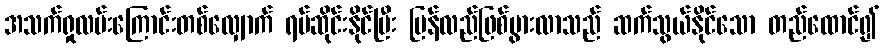
အသက်ရှုလမ်းကြောင်းတစ်လျှောက် ရပ်ဆိုင်းနိုင်ပြီး ပြန်လည်ဖြစ်ပွားလာသည် ဆက်သွယ်နိုင်သော တည်ထောင်၍